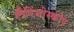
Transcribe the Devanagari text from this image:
लैरिंगोस्कोप